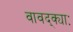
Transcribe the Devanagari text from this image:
वावद्क्याः